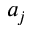
a _ { j }